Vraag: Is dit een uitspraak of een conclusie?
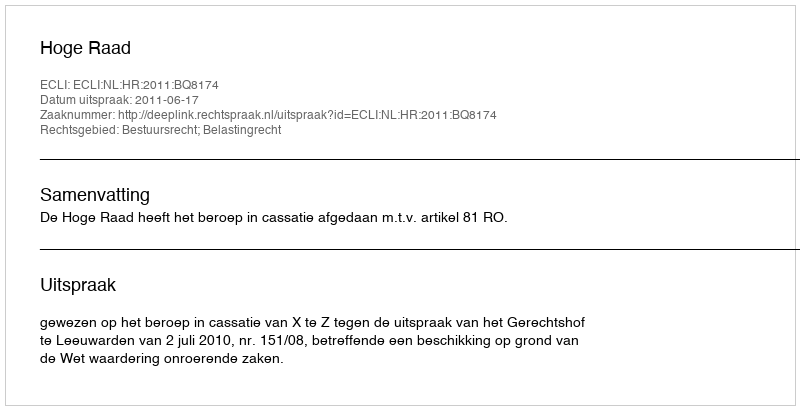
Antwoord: Uitspraak